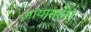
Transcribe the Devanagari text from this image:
आयासहीन